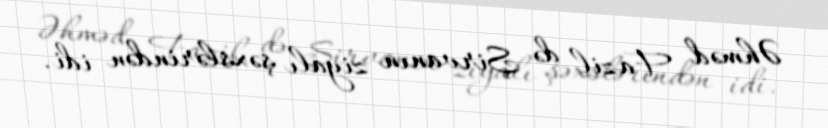
Əhməd Fazil də Şirvanın ziyalı şəxslərindən idi.